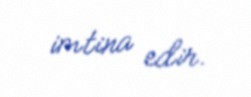
imtina edir.